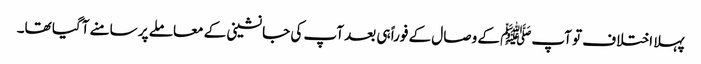
پہلا اختلاف تو آپﷺ کے وصال کے فوراً ہی بعد آپ کی جانشینی کے معاملے پر سامنے آگیا تھا۔